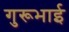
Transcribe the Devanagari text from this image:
गुरूभाई